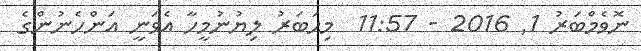
ނޮވެމްބަރު 1